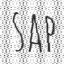
sap